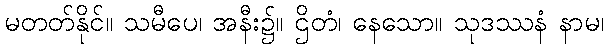
မတတ်နိုင်။ သမီပေ၊ အနီး၌။ ဌိတံ၊ နေသော။ သုဒဿနံ နာမ၊